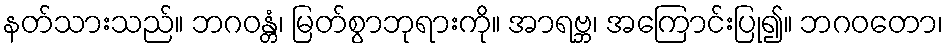
နတ်သားသည်။ ဘဂဝန္တံ၊ မြတ်စွာဘုရားကို။ အာရဗ္ဘ၊ အကြောင်းပြု၍။ ဘဂဝတော၊